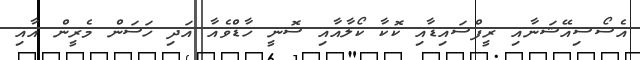
އެސޯސިއޭޝަނާއި ރީފްސައިޑާއި ކޮކާ ކޯލާއާއި ސޮނީ ހާޑްވެއާ އަދި ހަސަން މެރީން އާއި